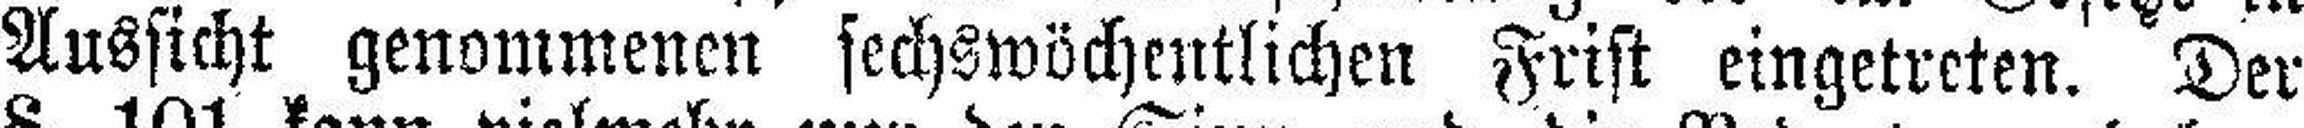
Aussicht genommenen sechswöchentlichen Frist eingetreten. Der